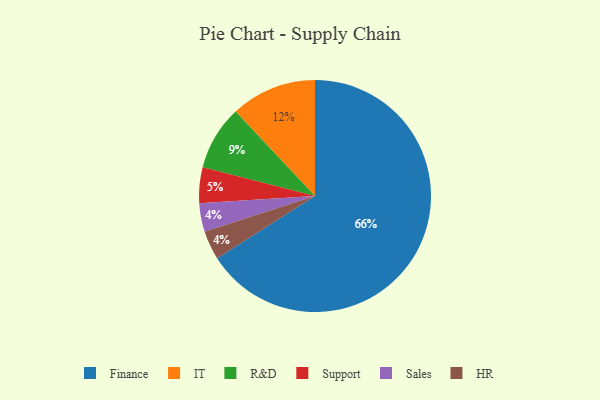
{"axis": {"x": "Category", "y": "Percentage"}, "legend": ["Finance", "HR", "IT", "R&D", "Sales", "Support"], "data": [{"x": "IT", "y": 12, "type": "IT"}, {"x": "Finance", "y": 66, "type": "Finance"}, {"x": "Sales", "y": 4, "type": "Sales"}, {"x": "HR", "y": 4, "type": "HR"}, {"x": "Support", "y": 5, "type": "Support"}, {"x": "R&D", "y": 9, "type": "R&D"}]}